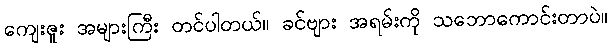
ကျေးဇူး အများကြီး တင်ပါတယ်။ ခင်ဗျား အရမ်းကို သဘောကောင်းတာပဲ။